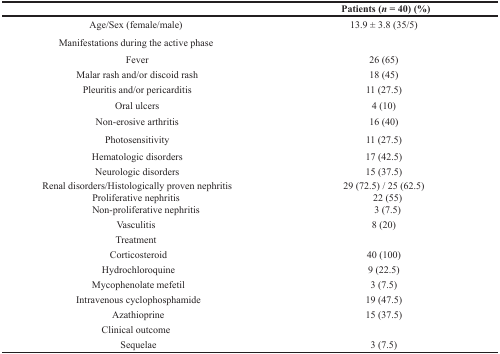
<table><thead><tr><td></td><td><b>Patients (<i>n =</i> 40) (%)</b></td></tr></thead><tbody><tr><td>Age/Sex (female/male)</td><td>13.9 ± 3.8 (35/5)</td></tr><tr><td>Manifestations during the active phase</td><td></td></tr><tr><td>Fever</td><td>26 (65)</td></tr><tr><td>Malar rash and/or discoid rash</td><td>18 (45)</td></tr><tr><td>Pleuritis and/or pericarditis</td><td>11 (27.5)</td></tr><tr><td>Oral ulcers</td><td>4 (10)</td></tr><tr><td>Non-erosive arthritis</td><td>16 (40)</td></tr><tr><td>Photosensitivity</td><td>11 (27.5)</td></tr><tr><td>Hematologic disorders</td><td>17 (42.5)</td></tr><tr><td>Neurologic disorders</td><td>15 (37.5)</td></tr><tr><td>Renal disorders/Histologically proven nephritis</td><td>29 (72.5) / 25 (62.5)</td></tr><tr><td>Proliferative nephritis</td><td>22 (55)</td></tr><tr><td>Non-proliferative nephritis</td><td>3 (7.5)</td></tr><tr><td>Vasculitis</td><td>8 (20)</td></tr><tr><td>Treatment</td><td></td></tr><tr><td>Corticosteroid</td><td>40 (100)</td></tr><tr><td>Hydrochloroquine</td><td>9 (22.5)</td></tr><tr><td>Mycophenolate mefetil</td><td>3 (7.5)</td></tr><tr><td>Intravenous cyclophosphamide</td><td>19 (47.5)</td></tr><tr><td>Azathioprine</td><td>15 (37.5)</td></tr><tr><td>Clinical outcome</td><td></td></tr><tr><td>Sequelae</td><td>3 (7.5)</td></tr></tbody></table>